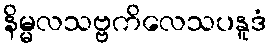
နိမ္မလသဗ္ဗကိလေသပနူဒံ